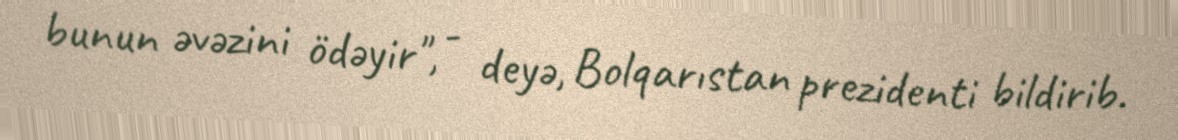
bunun əvəzini ödəyir", - deyə, Bolqarıstan prezidenti bildirib.